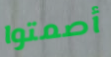
أصمتوا